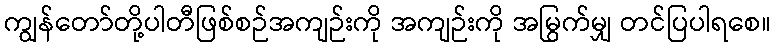
ကျွန်တော်တို့ပါတီဖြစ်စဉ်အကျဉ်းကို အကျဉ်းကို အမြွက်မျှ တင်ပြပါရစေ။